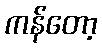
ကန်တော့